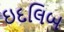
ઇદલિબ